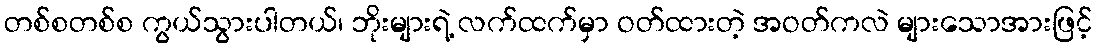
တစ်စတစ်စ ကွယ်သွားပါတယ်၊ ဘိုးများရဲ့ လက်ထက်မှာ ဝတ်ထားတဲ့ အဝတ်ကလဲ များသောအားဖြင့်